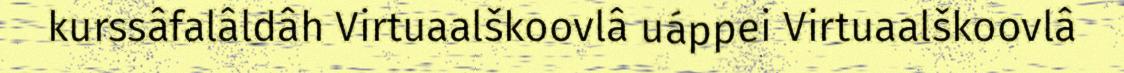
kurssâfalâldâh Virtuaalškoovlâ uáppei Virtuaalškoovlâ